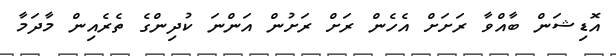
އޮޑިޝަން ބާއްވާ ރަށަށް އެހެން ރަށް ރަށުން އަންނަ ކުދިންގެ ތެރެއިން މާދަމާ